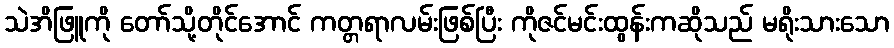
သဲအိဖြူကို တော်သို့တိုင်အောင် ကတ္တရာလမ်းဖြစ်ပြီး ကိုဇင်မင်းထွန်းကဆိုသည် မရိုးသားသော